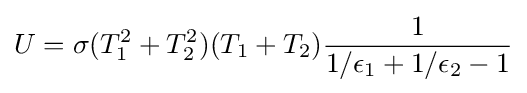
U=\sigma (T_{1}^{2}+T_{2}^{2})(T_{1}+T_{2}){\frac {1}{1/\epsilon _{1}+1/\epsilon _{2}-1}}